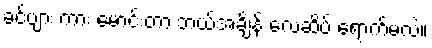
ခင်ဗျား ကား မောင်းတာ ဘယ်အချိန် လေဆိပ် ရောက်မလဲ။